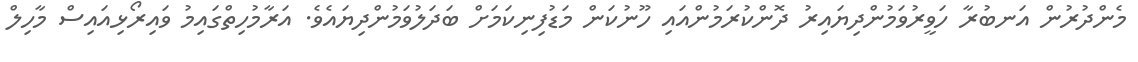
މެންދުރުން އަނބުރާ ހަވީރުވަމުންދިޔައިރު ދޮންކުރަމުންއައި ހޫނުކަން މަޑުފިނިކަމަށް ބަދަލުވަމުންދިޔައެވެ. އަރާމުހިތްގައިމު ވައިރޯޅިއައިސް މާހިލް